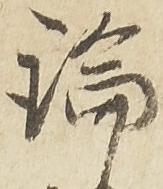
論